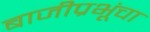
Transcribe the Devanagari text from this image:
बाजीप्रभूंचा